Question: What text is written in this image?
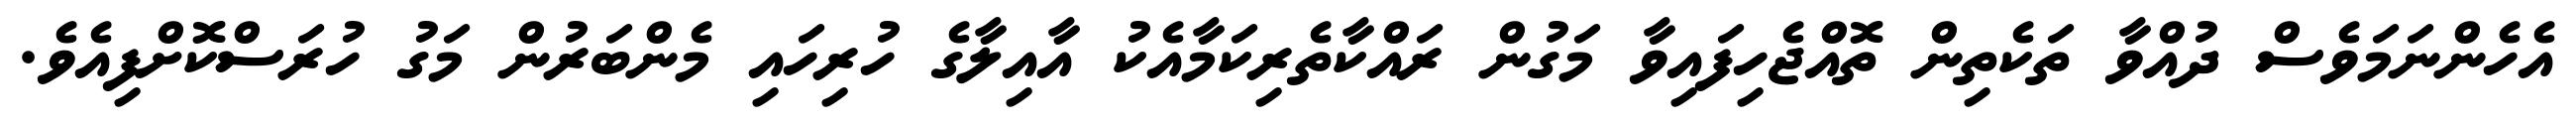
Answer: އެހެންނަމަވެސް ދުއްވާ ތަކެތިން ތޮއްޖެހިފައިވާ މަގުން ރައްކާތެރިކަމާއެކު އާއިލާގެ ހުރިހައި މެންބަރުން މަގު ހުރަސްކޮށްފިއެވެ.